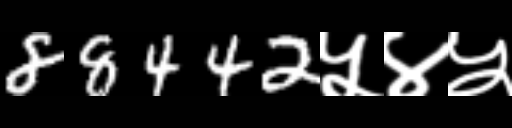
Text: 88442५४५